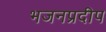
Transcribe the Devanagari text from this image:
भजनप्रदीप